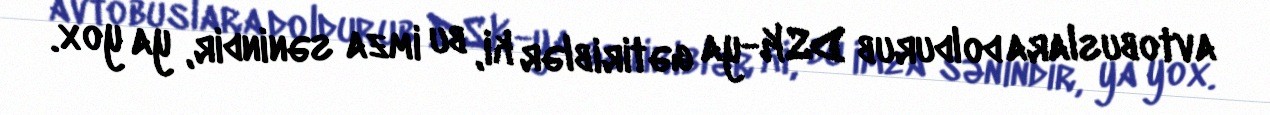
avtobuslara doldurub DSK-ya gətiriblər ki, bu imza sənindir, ya yox.